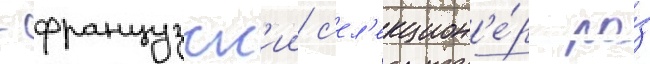
- французск'ии с'ел'екцион'е́р ро́з